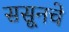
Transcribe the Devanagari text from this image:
ससूनचे